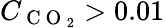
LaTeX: C_{\mathrm{~C~O~}_{2}}>0.01